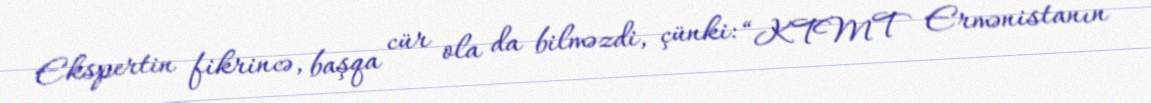
Ekspertin fikrincə, başqa cür ola da bilməzdi, çünki: “KTMT Ermənistanın